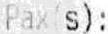
PAX(S):